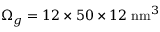
\Omega _ { g } = 1 2 \times 5 0 \times 1 2 \; \mathrm { n m } ^ { 3 }